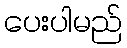
ပေးပါမည်